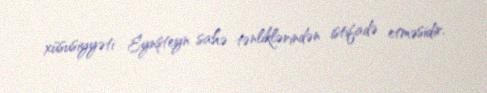
xüsusiyyəti Eynşteyn sahə tənliklərindən istifadə etməsidir.